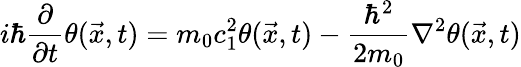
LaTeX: i\hbar\frac{\partial}{\partial t}\theta(\vec{x},t)=m_{0}c_{1}^{2}\theta(\vec{x},t)-\frac{\hbar^{2}}{2m_{0}}\nabla^{2}\theta(\vec{x},t)